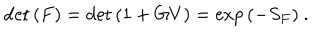
\det { ( F ) } = \det { ( 1 + G V ) } = \exp { ( - S _ { F } ) } ~ .